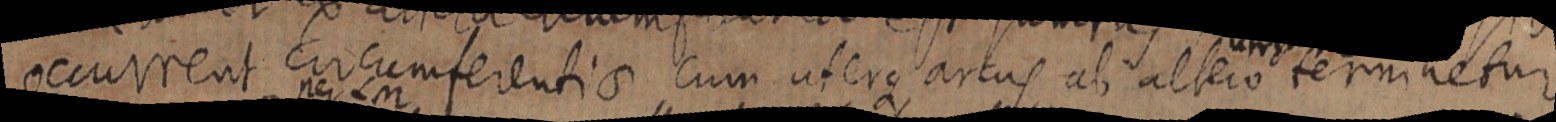
occurrent circumferentia cum atere artus ab altero terminetur